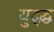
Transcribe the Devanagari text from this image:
युद्द्ध